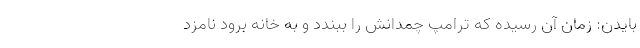
بایدن: زمان آن رسیده که ترامپ چمدانش را ببندد و به خانه برود نامزد